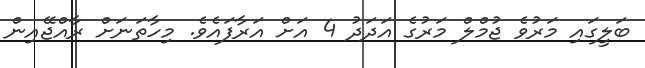
ބަލީގައި މަރުވެ ޖުމްލް މަރުގެ އަދަދު 4 އަށް އަރާފައެވެ. މިހާތަނަށް ރާއްޖޭއިން